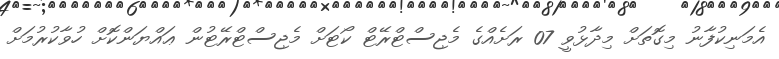
އެމަނިކުފާނު މިގޮތަށް މިދާޅުވީ 07 ރަށެއްގެ މެޖިސްޓްރޭޓް ކޯޓަށް މެޖިސްޓްރޭޓުން ޢައްޔަންކޮށް ހުވާކުރުމަށް